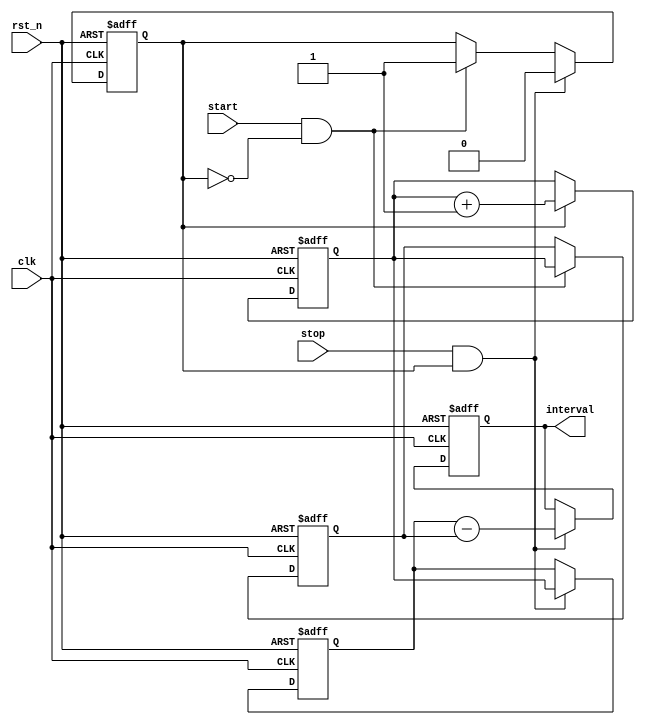
module TDC (
    input wire clk,            // High-frequency clock
    input wire rst_n,         // Active low reset
    input wire start,         // Start signal
    input wire stop,          // Stop signal
    output reg [31:0] interval // Measured time interval
);

    reg [31:0] counter;       // Counter to keep track of time
    reg [31:0] start_time;    // Register to store start time
    reg [31:0] stop_time;     // Register to store stop time
    reg capturing;            // Status flag for capturing state

    // Counter logic
    always @(posedge clk or negedge rst_n) begin
        if (!rst_n) begin
            counter <= 32'b0; // Reset counter
        end else begin
            if (capturing) begin
                counter <= counter + 1;  // Increment counter if capturing
            end
        end
    end

    // Edge detection and capturing
    always @(posedge clk or negedge rst_n) begin
        if (!rst_n) begin
            start_time <= 32'b0;
            stop_time <= 32'b0;
            capturing <= 1'b0;
            interval <= 32'b0;
        end else begin
            // Start event detected
            if (start && !capturing) begin
                start_time <= counter; // Store the counter value at start
                capturing <= 1'b1;      // Begin capturing
            end
            
            // Stop event detected
            if (stop && capturing) begin
                stop_time <= counter;  // Store the counter value at stop
                capturing <= 1'b0;       // Stop capturing
                // Calculate interval
                interval <= stop_time - start_time; // Time interval
            end
        end
    end

endmodule